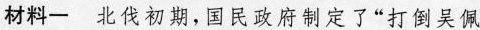
材料一 北伐初期，国民政府制定了“打倒吴佩